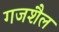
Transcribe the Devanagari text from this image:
गजशैल